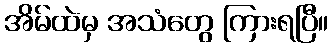
အိမ်ထဲမှ အသံတွေ ကြားရပြီ။